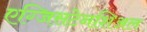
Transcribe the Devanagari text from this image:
एग्जिसटेनशिअल